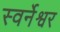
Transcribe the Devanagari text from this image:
स्वर्नेश्वर